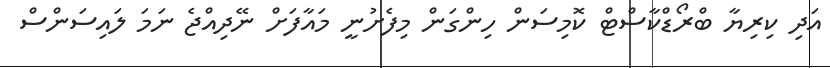
އަދި ކިރިޔާ ބްރޯޑްކާސްޓް ކޮމިސަން ހިންގަން މިފެށުނީ މައާފަށް ނޭދިއްޖެ ނަމަ ލައިސަންސް